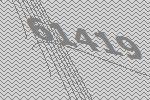
61419